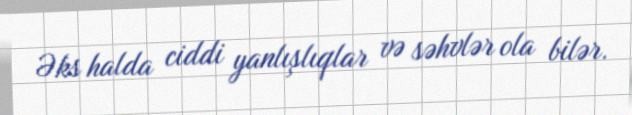
Əks halda ciddi yanlışlıqlar və səhvlər ola bilər.